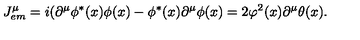
J _ { e m } ^ { \mu } = i ( \partial ^ { \mu } \phi ^ { * } ( x ) \phi ( x ) - \phi ^ { * } ( x ) \partial ^ { \mu } \phi ( x ) = 2 \varphi ^ { 2 } ( x ) \partial ^ { \mu } \theta ( x ) .